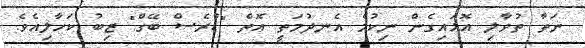
ނަތާ ތުވާލި އޮޅައިގެން ނިކުމެ އެނދުމަތީ އޮތް "ޑްރެސް ބޭގް" ޒިބު ކަހާލިއެވެ.